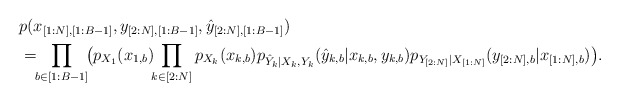
\begin{align*}& p(x_{[1:N],[1:B-1]},y_{[2:N],[1:B-1]},\hat{y}_{[2:N],[1:B-1]}) \cr&=\!\!\prod_{b\in [1:B-1]}\! \!\big( p_{X_1}(x_{1,b})\!\!\prod_{k\in [2:N]} p_{X_k}(x_{k,b})p_{\hat{Y}_k|X_k,Y_k}(\hat{y}_{k,b}|x_{k,b},y_{k,b}) p_{Y_{[2:N]}|X_{[1:N]}}(y_{[2:N],b}|x_{[1:N],b})\big). \end{align*}